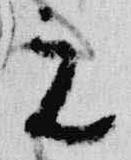
元